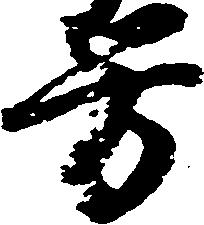
労